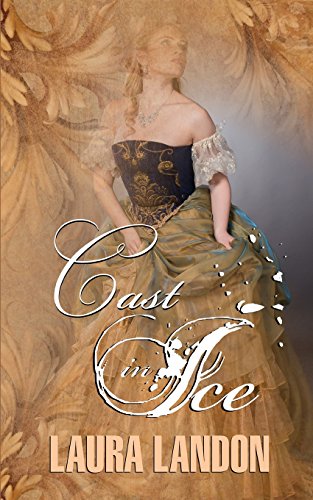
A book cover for Cast in Ice; Laura Landon; Romance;